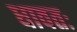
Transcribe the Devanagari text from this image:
धावतः